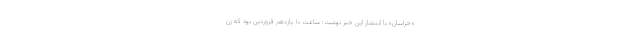
«خراسان» با انتشار این خبر نوشت: ساعت ۱۰ یازدهم فروردین بود که زن